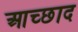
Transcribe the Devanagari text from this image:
आच्छाद